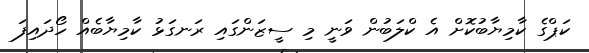
ކަޕްގެ ކާމިޔާބުކޮށް އެ ކްލަބުން ވަނީ މި ސީޒަންގައި ރަނގަޅު ކާމިޔާބެއް ހޯދައިފަ